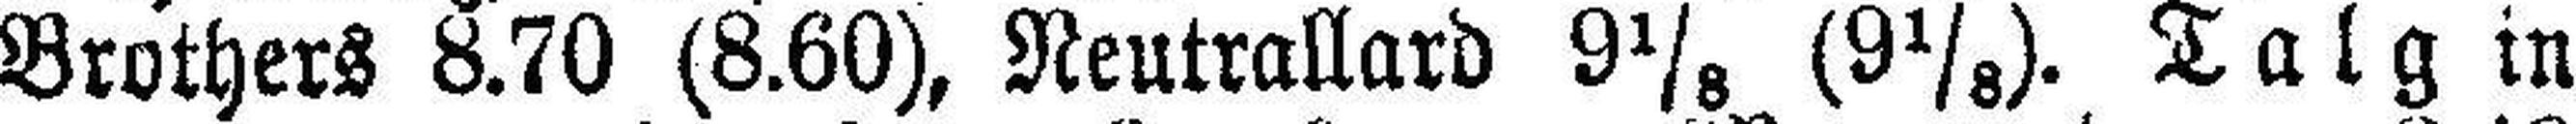
Brothers 8.70 (8.60), Neutrallard 9⅛ (9⅛). Talg in